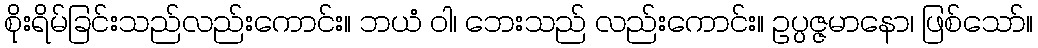
စိုးရိမ်ခြင်းသည်လည်းကောင်း။ ဘယံ ဝါ၊ ဘေးသည် လည်းကောင်း။ ဥပ္ပဇ္ဇမာနော၊ ဖြစ်သော်။